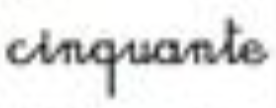
cinquante